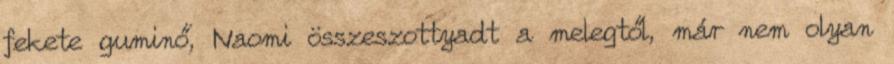
fekete guminő, Naomi összeszottyadt a melegtől, már nem olyan